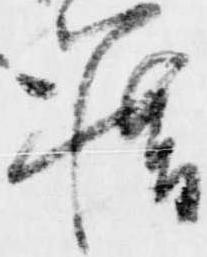
籍